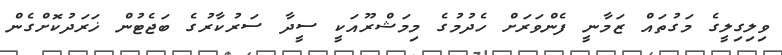
ވިލިގިލީގެ މަގުތައް ޒަމާނީ ފެންވަރަށް ހެދުމުގެ މިމަޝްރޫއަކީ ސީދާ ސަރުކާރުގެ ބަޖެޓުން ޚަރަދުކޮށްގެން